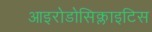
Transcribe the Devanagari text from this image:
आइरोडोसिक्लाइटिस